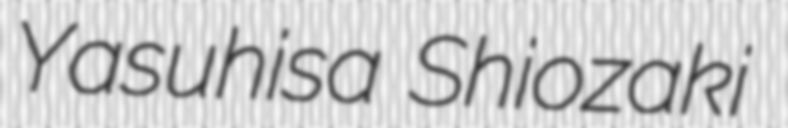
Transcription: Yasuhisa Shiozaki